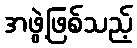
အဖွဲ့ဖြစ်သည့်